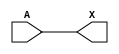
module sky130_fd_sc_lp__dlybuf4s15kapwr_5 (
    X,
    A
);
    output X;
    input  A;
    wire buf0_out_X;
    buf buf0 (buf0_out_X, A              );
    buf buf1 (X         , buf0_out_X     );
endmodule